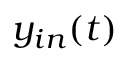
y _ { i n } ( t )